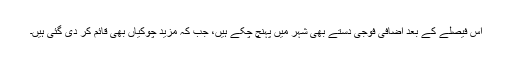
اس فیصلے کے بعد اضافی فوجی دستے بھی شہر میں پہنچ چکے ہیں، جب کہ مزید چوکیاں بھی قائم کر دی گئی ہیں۔